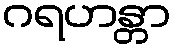
ဂရဟန္တာ